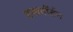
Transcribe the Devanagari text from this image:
स्कवाॅर्डन